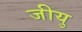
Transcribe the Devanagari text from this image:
जीयु